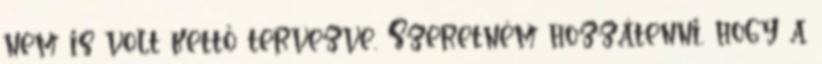
nem is volt kettő tervezve. Szeretném hozzátenni, hogy a